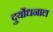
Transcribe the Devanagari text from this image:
दुर्योधनाल